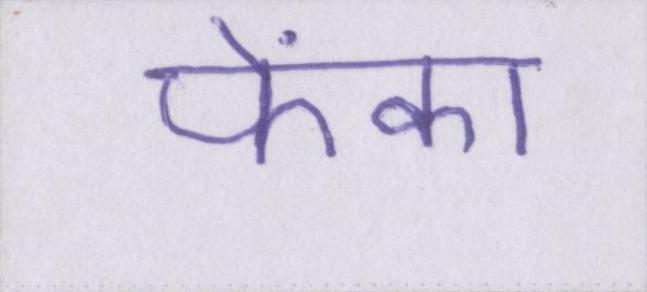
फेंका